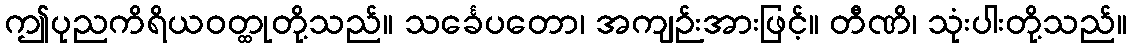
ဤပုညကိရိယဝတ္ထုတို့သည်။ သင်္ခေပတော၊ အကျဉ်းအားဖြင့်။ တီဏိ၊ သုံးပါးတို့သည်။